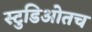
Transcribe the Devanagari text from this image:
स्टुडिओतच